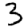
Digit: 3